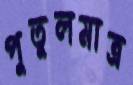
পুতুলমাত্র